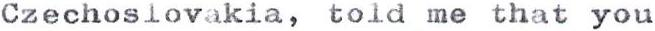
Czechoslovakia, told me that you